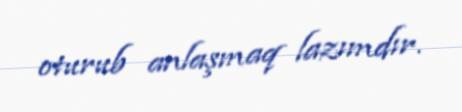
oturub anlaşmaq lazımdır.